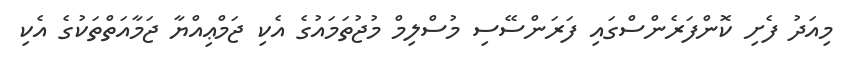
މިއަދު ފެށި ކޮންފަރެންސްގައި ފަރަންސޭސި މުސްލިމް މުޖުތަމައުގެ އެކި ޖަމްޢިއްޔާ ޖަމާއަތްތަކުގެ އެކި